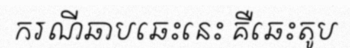
ករណីឆាបឆេះនេះ គឺឆេះតូប